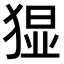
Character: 𭸚